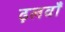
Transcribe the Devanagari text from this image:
ढ़लवाँ